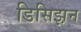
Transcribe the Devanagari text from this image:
डिसिझ़न